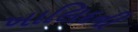
ખાલિદની